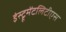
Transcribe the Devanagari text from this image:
इंस्ट्रूमेंटलिटीएस